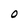
Character: O